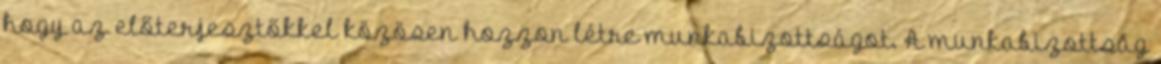
hogy az előterjesztőkkel közösen hozzon létre munkabizottságot. A munkabizottság